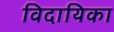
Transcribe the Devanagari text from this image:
विदायिका